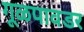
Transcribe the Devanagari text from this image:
गूळपावडर